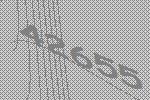
42655